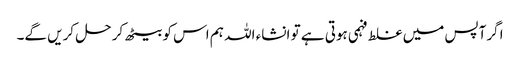
ا گرآپس میں غلط فہمی ہوتی ہے تو انشاء اللہ ہم اس کو بیٹھ کر حل کریں گے۔